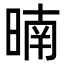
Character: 暔